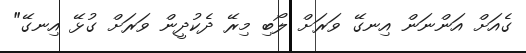
ގެއަށް އަންނަން އިނގޭ ވަރަށް ލޯބި މިރޭ ދެކުދީން ވަރަށް ގުޅޭ އިނގޭ"